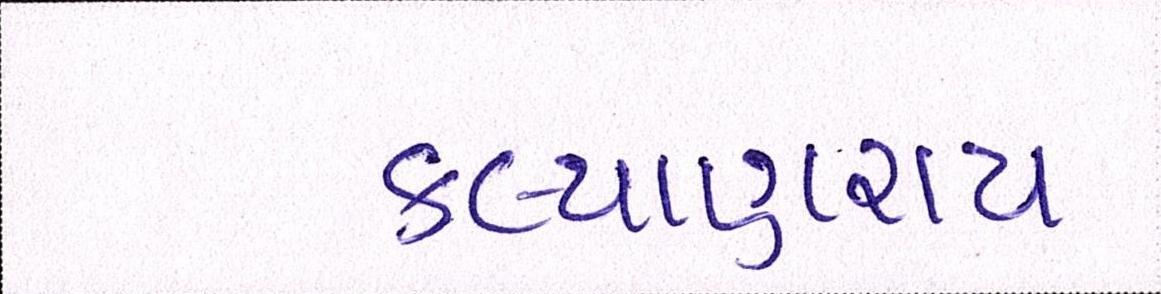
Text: કલ્યાણરાય